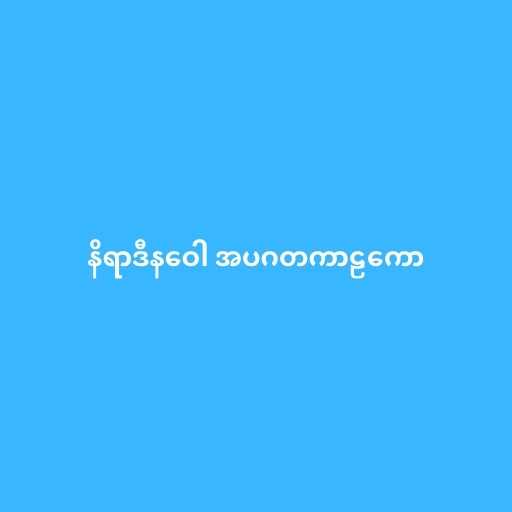
နိရာဒီနဝေါ အပဂတကာဠကော